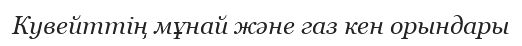
Кувейттің мұнай және газ кен орындары